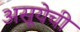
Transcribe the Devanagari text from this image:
असूयेची